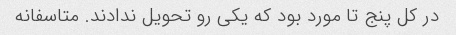
در کل پنج تا مورد بود که یکی رو تحویل ندادند. متاسفانه